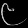
Digit: ၉